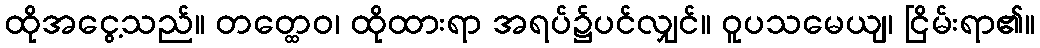
ထိုအငွေ့သည်။ တတ္ထေဝ၊ ထိုထားရာ အရပ်၌ပင်လျှင်။ ဝူပသမေယျ၊ ငြိမ်းရာ၏။